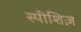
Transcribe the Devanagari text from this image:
स्पीशिज़